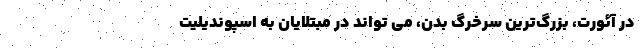
در آئورت، بزرگ‌ترین سرخرگ بدن، می تواند در مبتلایان به اسپوندیلیت